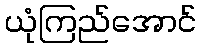
ယုံကြည်အောင်